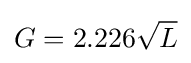
G=2.226{\sqrt {L}}